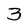
Character: 3